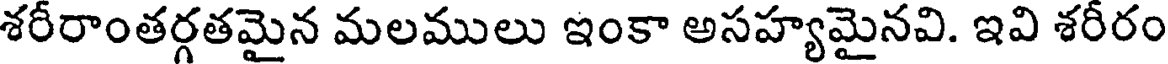
శరీరాంతర్గతమైన మలములు ఇంకా అసహ్యమైనవి. ఇవి శరీరం